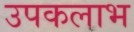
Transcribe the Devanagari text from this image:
उपकलाभ